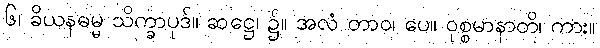
၆၊ ခိယနဓမ္မ သိက္ခာပုဒ်။ ဆဋ္ဌေ၊ ၌။ အလံ တာဝ၊ ပေ။ ဝုစ္စမာနာတိ၊ ကား။